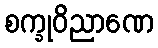
စက္ခုဝိညာဏေ